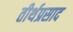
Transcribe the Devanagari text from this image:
तीर्थप्रसाद